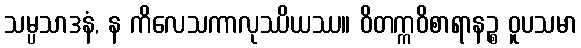
သမ္ပသာဒနံ, န ကိလေသကာလုဿိယဿ။ ဝိတက္ကဝိစာရာနဉ္စ ဝူပသမာ